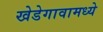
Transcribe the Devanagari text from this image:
खेडेगावामध्ये